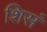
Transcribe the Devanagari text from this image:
शिसं